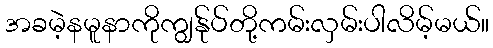
အခမဲ့နမူနာကိုကျွန်ုပ်တို့ကမ်းလှမ်းပါလိမ့်မယ်။